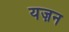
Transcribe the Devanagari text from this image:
यज़न